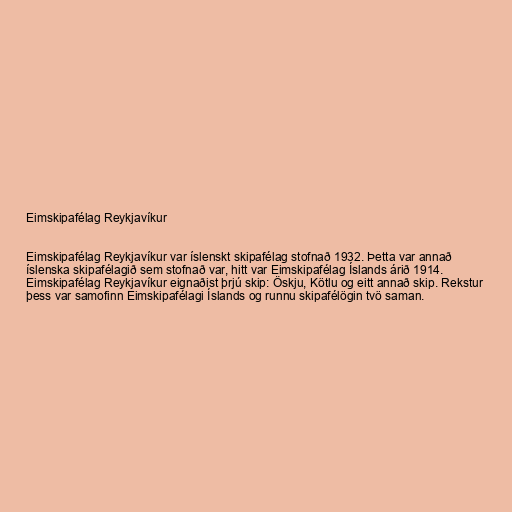
Eimskipafélag Reykjavíkur

Eimskipafélag Reykjavíkur var íslenskt skipafélag stofnað 1932. Þetta var annað
íslenska skipafélagið sem stofnað var, hitt var Eimskipafélag Íslands árið 1914.
Eimskipafélag Reykjavíkur eignaðist þrjú skip: Öskju, Kötlu og eitt annað skip. Rekstur
þess var samofinn Eimskipafélagi Íslands og runnu skipafélögin tvö saman.